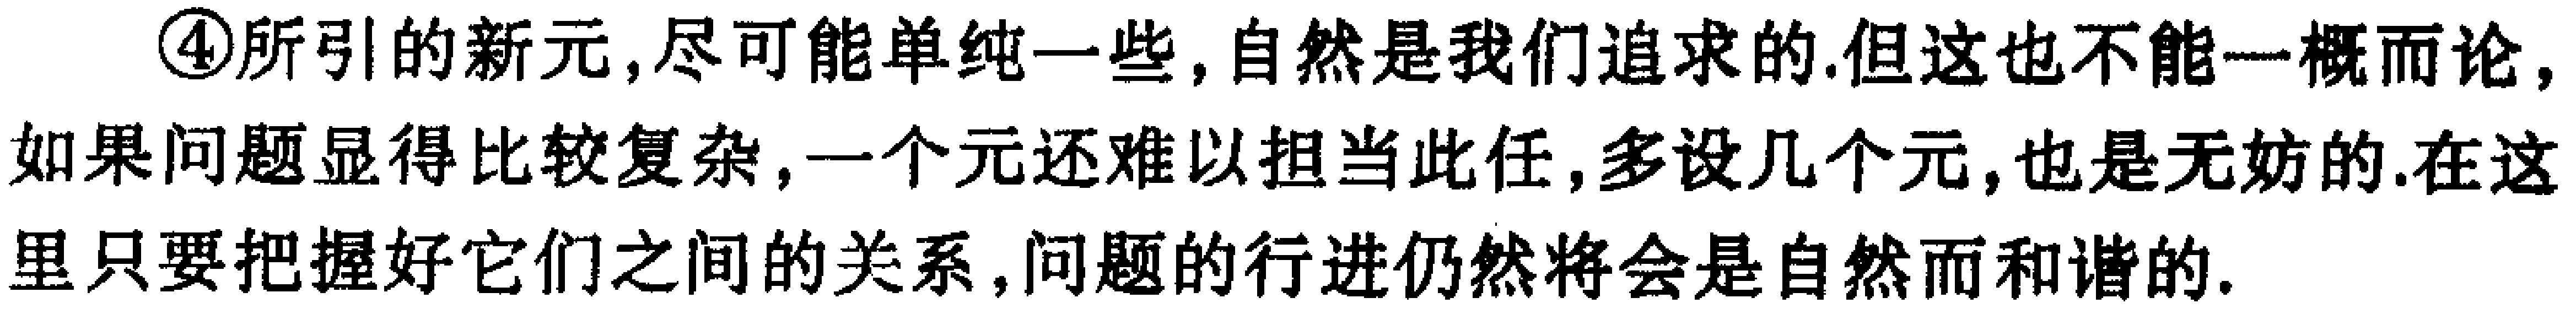
\begin{enumerate}
\item 所引的新元，尽可能单纯一些，自然是我们追求的.但这也不能一概而论，如果问题显得比较复杂，一个元还难以担当此任，多设几个元，也是无妨的.在这里只要把握好它们之间的关系，问题的行进仍然将会是自然而和谐的.
\end{enumerate}